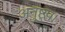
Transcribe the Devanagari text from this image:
अनुष्टुप।